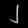
Digit: ၂